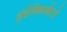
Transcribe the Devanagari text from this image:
इंडेलिककेटो